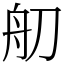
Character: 舠